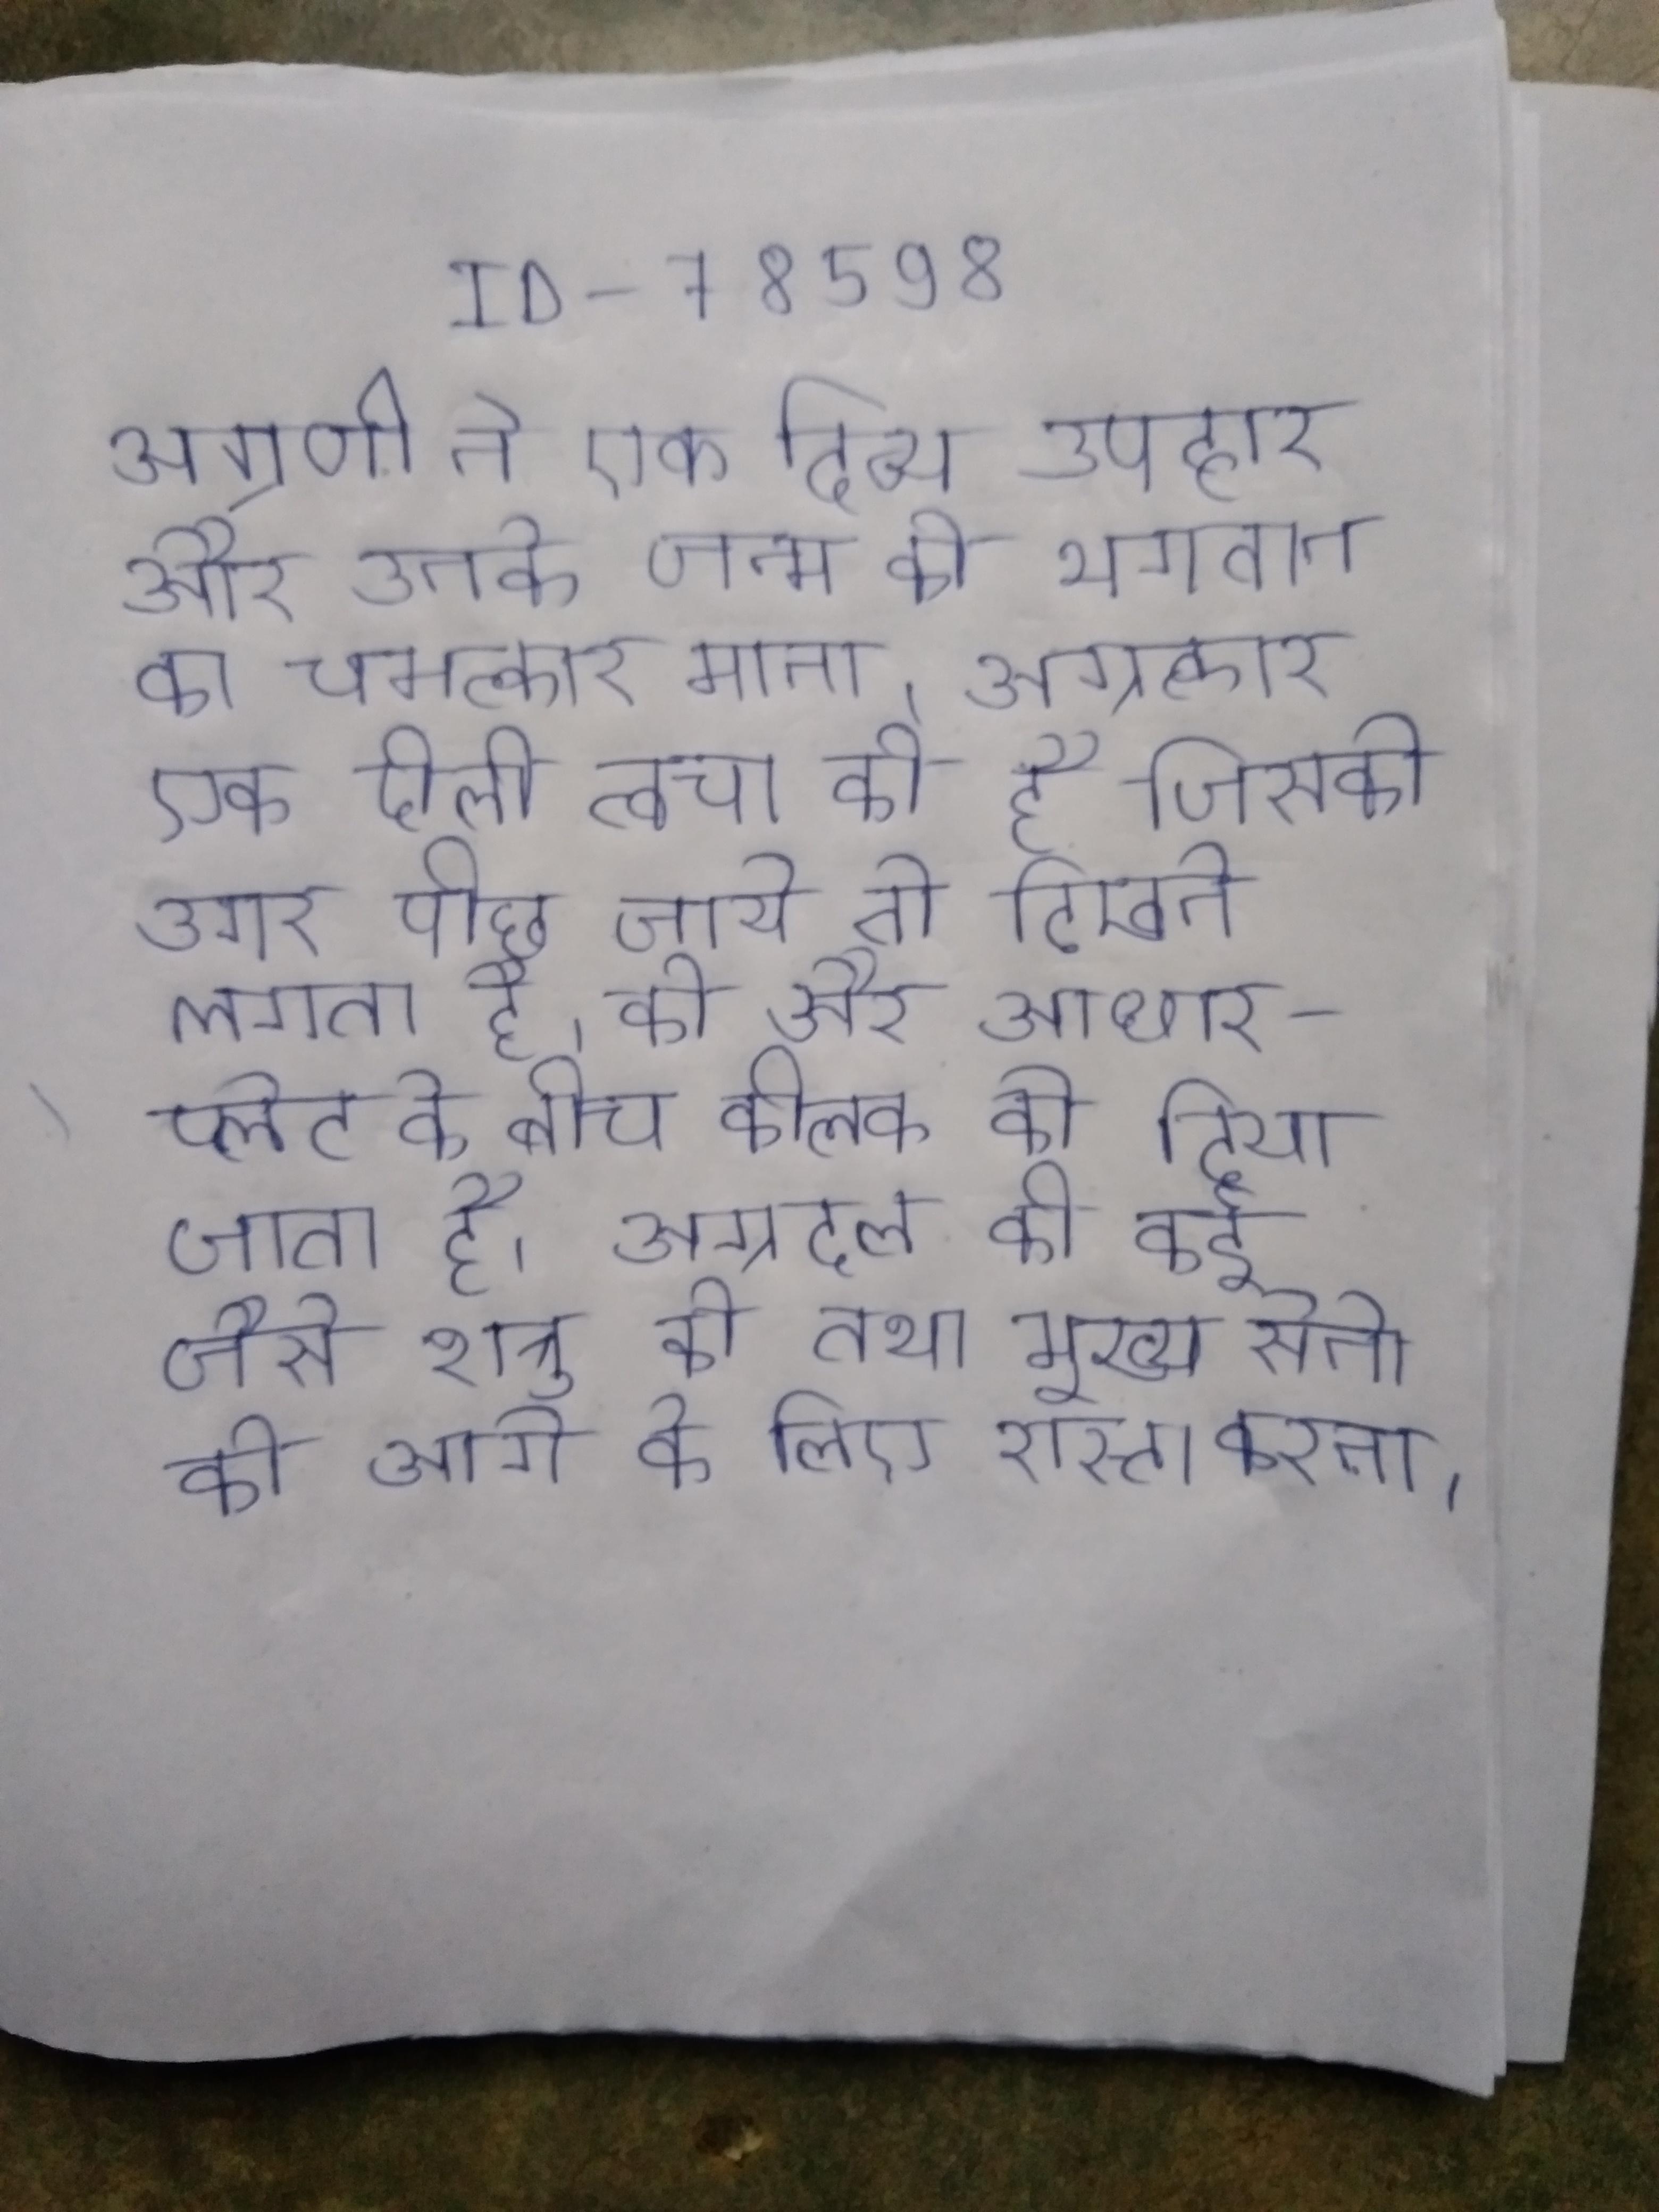
अग्रणी ने एक दिव्य उपहार और उनके जन्म को भगवान का चमत्कार माना । अग्रत्वचा एक ढीली त्वचा की है जिसको अगर पीछे जाये तो दिखने लगता है । को और आधार-प्लेट के बीच कीलक को दिया जाता है । अग्रदल की कई जैसे शत्रु को तथा मुख्य सेना को आगे के लिए रास्ता करना ।